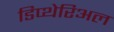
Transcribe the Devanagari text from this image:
डिप्थेरिअल